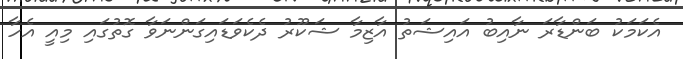
އެކަމަކު ބަންޑާރަ ނާއިބު އައިޝަތު އާޒިމާ ޝަކޫރު ދެކެވަޑައިގަންނަވާ ގޮތުގައި މިއީ އެހާ